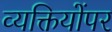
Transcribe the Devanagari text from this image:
व्यक्तियोंपर